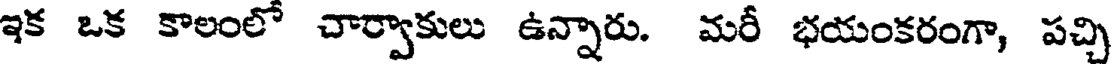
ఇక ఒక కాలంలో చార్వాకులు ఉన్నారు. మరీ భయంకరంగా, పచ్చి